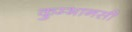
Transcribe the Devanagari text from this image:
कुम्भानसी